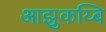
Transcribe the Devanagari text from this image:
आझुकय्बि